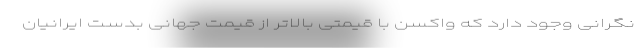
نگرانی وجود دارد که واکسن با قیمتی بالاتر از قیمت جهانی بدست ایرانیان